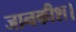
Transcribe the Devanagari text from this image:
जानकीश।